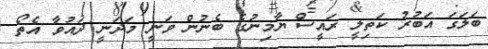
ބަލަގަ އަބުރު ކަތިލީ ރައީސް ޔާމިނުގެ ބެނުން ވަނީ މަދަނީ ދައުވާ އެތޯ